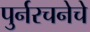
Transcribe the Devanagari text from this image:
पुर्नरचनेचे